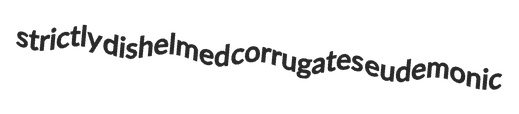
strictly dishelmed corrugates eudemonic